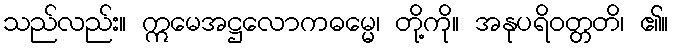
သည်လည်း။ ဣမေအဋ္ဌလောကဓမ္မေ၊ တို့ကို။ အနုပရိဝတ္တတိ၊ ၏။